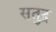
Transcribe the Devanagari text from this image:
सतुद्र